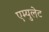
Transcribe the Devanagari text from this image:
एम्युलेट